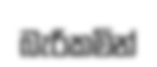
බැරිකමින්